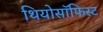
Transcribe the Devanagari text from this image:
थियोसॉफिस्ट